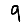
Digit: 9